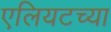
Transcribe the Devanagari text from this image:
एलियटच्या